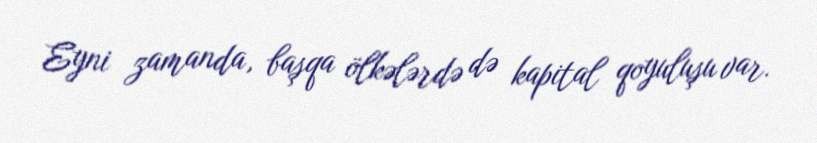
Eyni zamanda, başqa ölkələrdə də kapital qoyuluşu var.